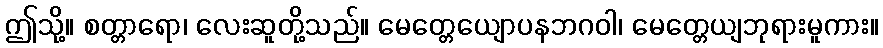
ဤသို့။ စတ္တာရော၊ လေးဆူတို့သည်။ မေတ္တေယျောပနဘဂဝါ၊ မေတ္တေယျဘုရားမူကား။